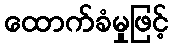
ထောက်ခံမှုဖြင့်